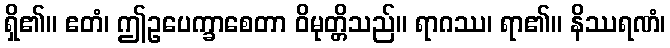
ရှိ၏။ ဧတံ၊ ဤဥပေက္ခာစေတာ ဝိမုတ္တိသည်။ ရာဂဿ၊ ရာ၏။ နိဿရဏံ၊